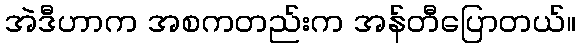
အဲဒီဟာက အစကတည်းက အန်တီပြောတယ်။